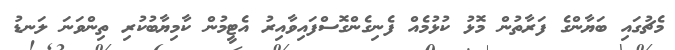
މެޗުގައި ބަޔާންގެ ފަރާތުން މޮޅު ކުޅުމެއް ފެނިގެންގޮސްފައިވާއިރު އެޓީމުން ކާމިޔާބުކުރި ތިންވަނަ ލަނޑު